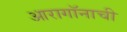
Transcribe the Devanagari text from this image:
आरागॉनाची